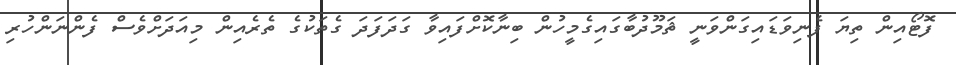
ފޮޓޯއިން ތިޔަ ފެނިވަޑައިގަންވަނީ ޘަމޫދުބާގައިގެމީހުން ބިނާކޮށްފައިވާ ގަދަފަދަ ގެތަކުގެ ތެރެއިން މިއަދަށްވެސް ފެންނަންހުރި